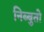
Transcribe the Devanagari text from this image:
निब्बुतो